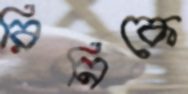
রিনিকে